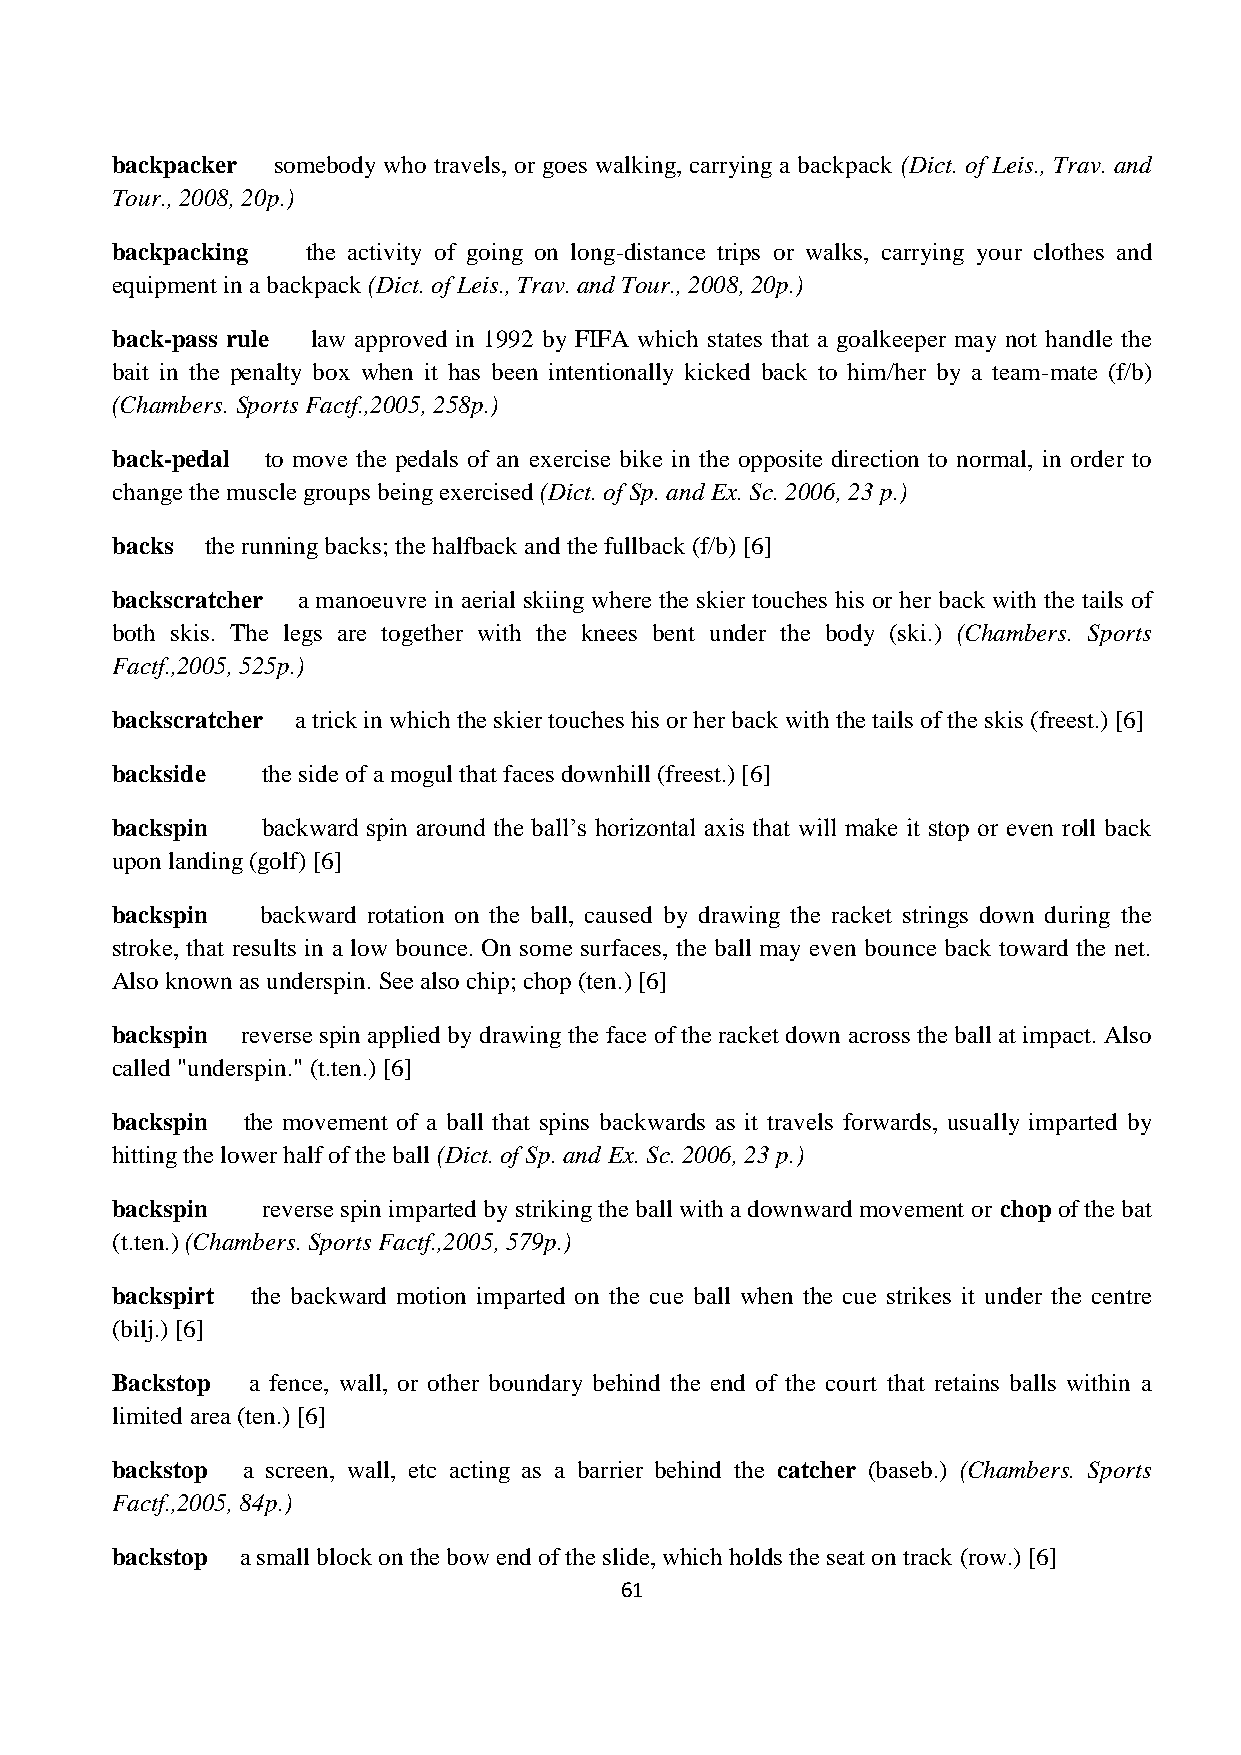
backpacker somebody who travels, or goes walking, carrying a backpack (Dict. of Leis., Trav. and
 Tour., 2008, 20p.)
 backpacking  the activity of going on long-distance trips or walks, carrying your clothes and
 equipment in a backpack (Dict. of Leis., Trav. and Tour., 2008, 20p.)
 back-pass rule law approved in 1992 by FIFA which states that a goalkeeper may not handle the
 bait in the penalty box when it has been intentionally kicked back to him/her by a team-mate (f/b)
 (Chambers. Sports Factf.,2005, 258p.)
 back-pedal to move the pedals of an exercise bike in the opposite direction to normal, in order to
 change the muscle groups being exercised (Dict. of Sp. and Ex. Sc. 2006, 23 p.)
 backs  the running backs; the halfback and the fullback (f/b) [6]
 backscratcher a manoeuvre in aerial skiing where the skier touches his or her back with the tails of
 both skis. The legs are together with the knees bent under the body (ski.) (Chambers. Sports
 Factf.,2005, 525p.)
 backscratcher a trick in which the skier touches his or her back with the tails of the skis (freest.) [6]
 backside  the side of a mogul that faces downhill (freest.) [6]
 backspin  backward spin around the ball’s horizontal axis that will make it stop or even roll back
 upon landing (golf) [6]
 backspin  backward rotation on the ball, caused by drawing the racket strings down during the
 stroke, that results in a low bounce. On some surfaces, the ball may even bounce back toward the net.
 Also known as underspin. See also chip; chop (ten.) [6]
 backspin reverse spin applied by drawing the face of the racket down across the ball at impact. Also
 called "underspin." (t.ten.) [6]
 backspin the movement of a ball that spins backwards as it travels forwards, usually imparted by
 hitting the lower half of the ball (Dict. of Sp. and Ex. Sc. 2006, 23 p.)
 backspin  reverse spin imparted by striking the ball with a downward movement or chop of the bat
 (t.ten.) (Chambers. Sports Factf.,2005, 579p.)
 backspirt the backward motion imparted on the cue ball when the cue strikes it under the centre
 (bilj.) [6]
 Backstop a fence, wall, or other boundary behind the end of the court that retains balls within a
 limited area (ten.) [6]
 backstop a screen, wall, etc acting as a barrier behind the catcher (baseb.) (Chambers. Sports
 Factf.,2005, 84p.)
 backstop a small block on the bow end of the slide, which holds the seat on track (row.) [6]
 61